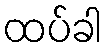
ထပ်ခါ